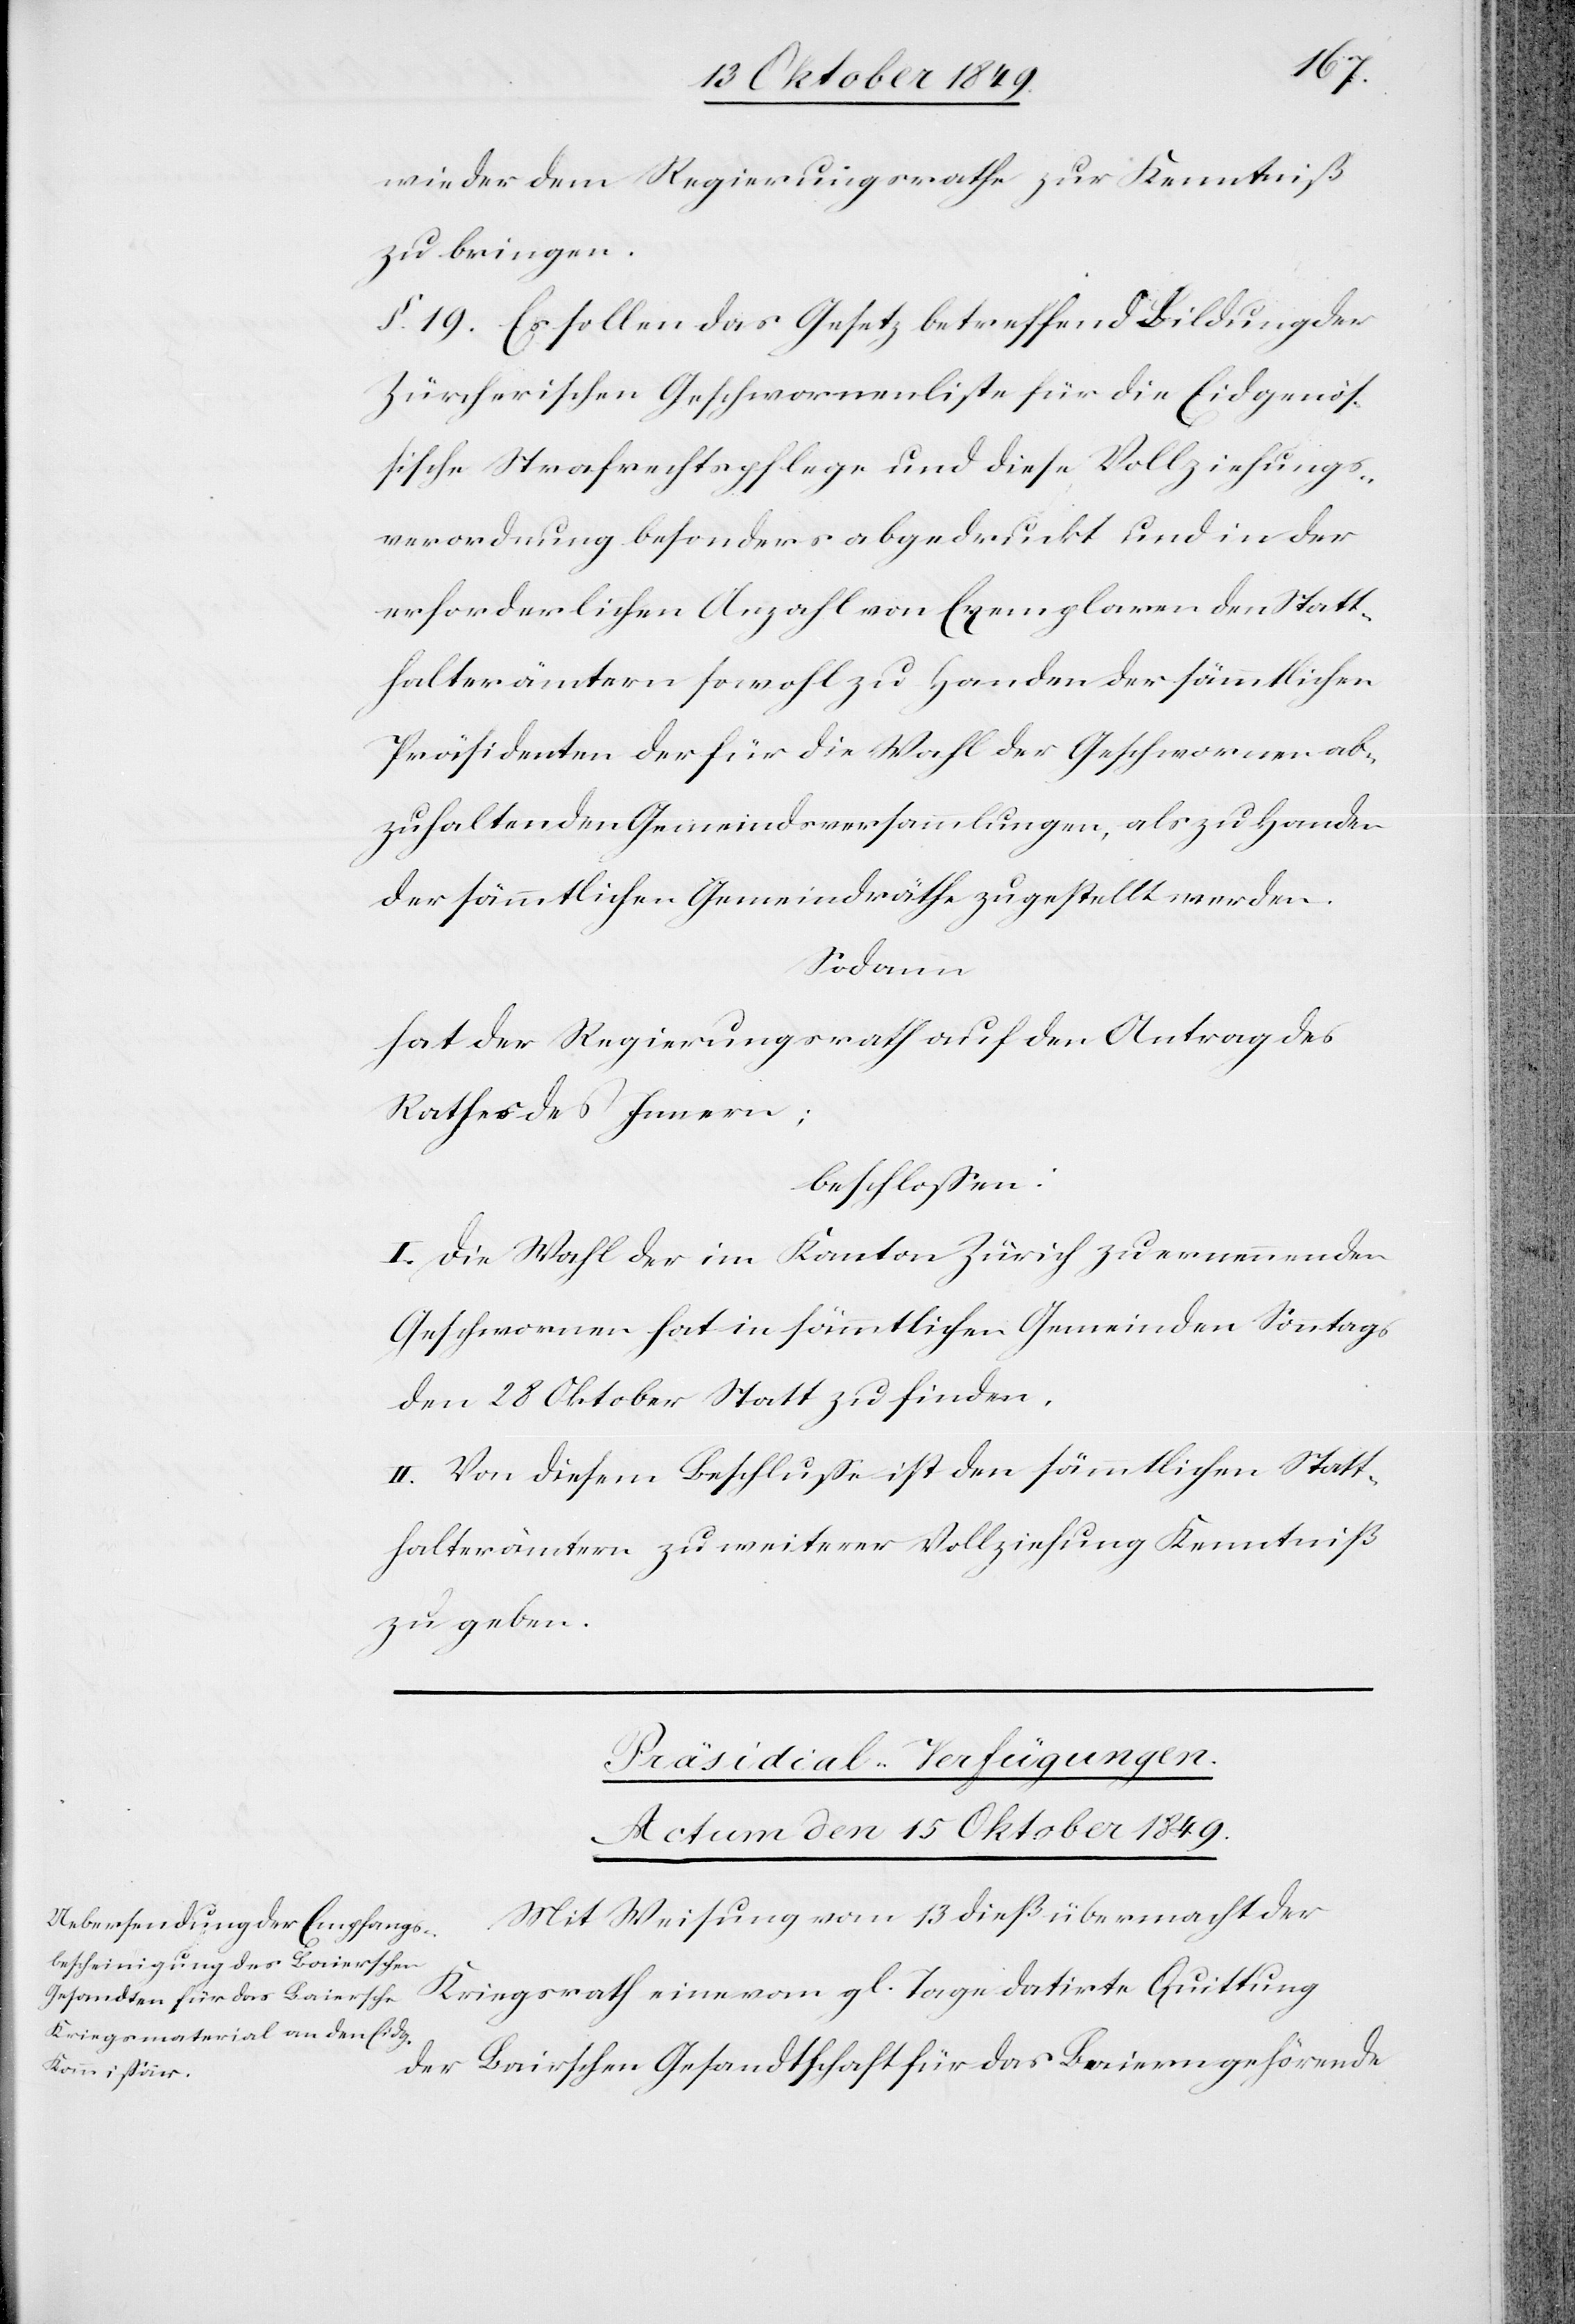
wieder dem Regierungsrathe zur Kenntniß
zu bringen.
§ 19. Es sollen das Gesetz betreffend Bildung der
Zürcherischen Geschworenenliste für die Eidgenöß¬
ische Strafrechtspflege und diese Vollziehungs¬
verordnung besonders abgedruckt und in der
erforderlichen Anzahl von Exemplaren den Statt¬
halterämtern sowohl zu Handen der sämmtlichen
Präsidenten der für die Wahl der Geschworenen ab¬
zuhaltenden Gemeindsversammlungen, als zu Handen
der sämmtlichen Gemeindräthe zugestellt werden.
Sodann
hat der Regierungsrath auf den Antrag des
Rathes des Innern:
beschloßen:
I. Die Wahl der im Kanton Zürich zu ernennenden
Geschworenen hat in sämmtlichen Gemeinden Sonntags
den 28 Oktober Statt zu finden.
II. Von diesem Beschluße ist den sämmtlichen Statt¬
halterämtern zu weiterer Vollziehung Kenntniß
zu geben.
Präsidial-Verfügungen.
Actum den 15 Oktober 1849.
Mit Weisung vom 13 dieß übermacht der
Kriegsrath eine vom gl. Tage datirte Quittung
der Baierschen Gesandtschaft für das Baiern gehörende